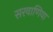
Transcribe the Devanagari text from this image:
सरवाणिया